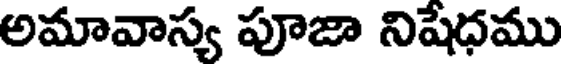
అమావాస్య పూజా నిషేధము